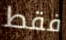
فقط